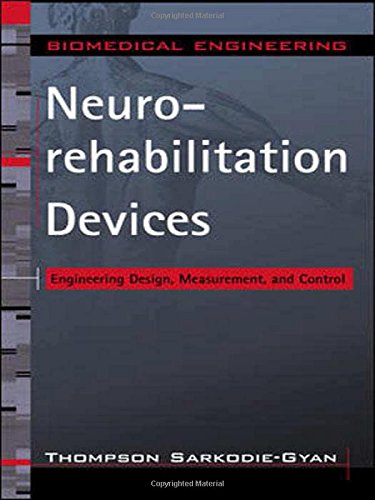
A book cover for Neurorehabilitation Devices: Engineering Design, Measurement and Control; Thompson Sarkodie-Gyan; Medical Books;